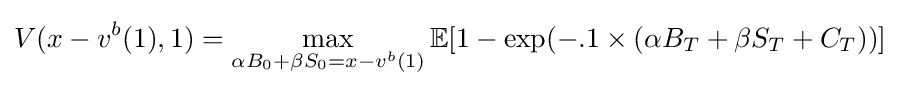
V(x-v^{b}(1),1)=\max _{\alpha B_{0}+\beta S_{0}=x-v^{b}(1)}\mathbb {E} [1-\exp(-.1\times (\alpha B_{T}+\beta S_{T}+C_{T}))]